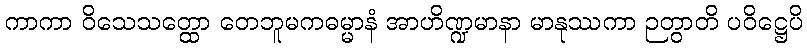
ကာကာ ဝိသေသတ္ထော တေဘူမကဓမ္မာနံ အာဟိဏ္ဍမာနာ မာနုဿကာ ဉတွာတိ ပဝိဋ္ဌေပိ